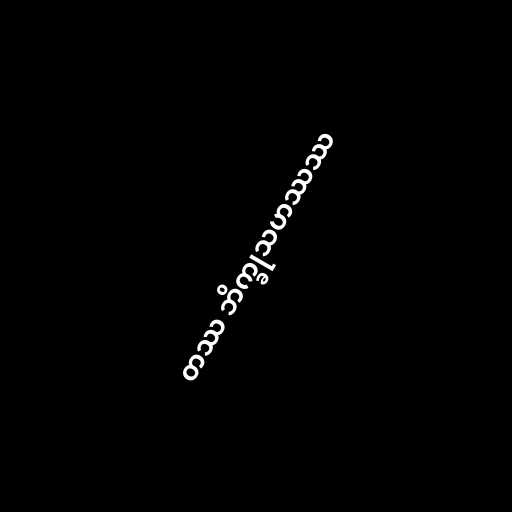
တဿ ဘိက္ခုသဟဿဿ